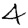
Digit: 4